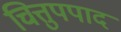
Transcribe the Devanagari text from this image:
चित्तुपपाद